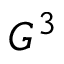
G ^ { 3 }